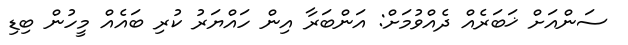
ސަންއަށް ޚަބަރެއް ދެއްވުމަށް: އަންބަރާ އިން ހައްޔަރު ކުރި ބައެއް މީހުން ބިޑި